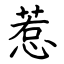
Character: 惹